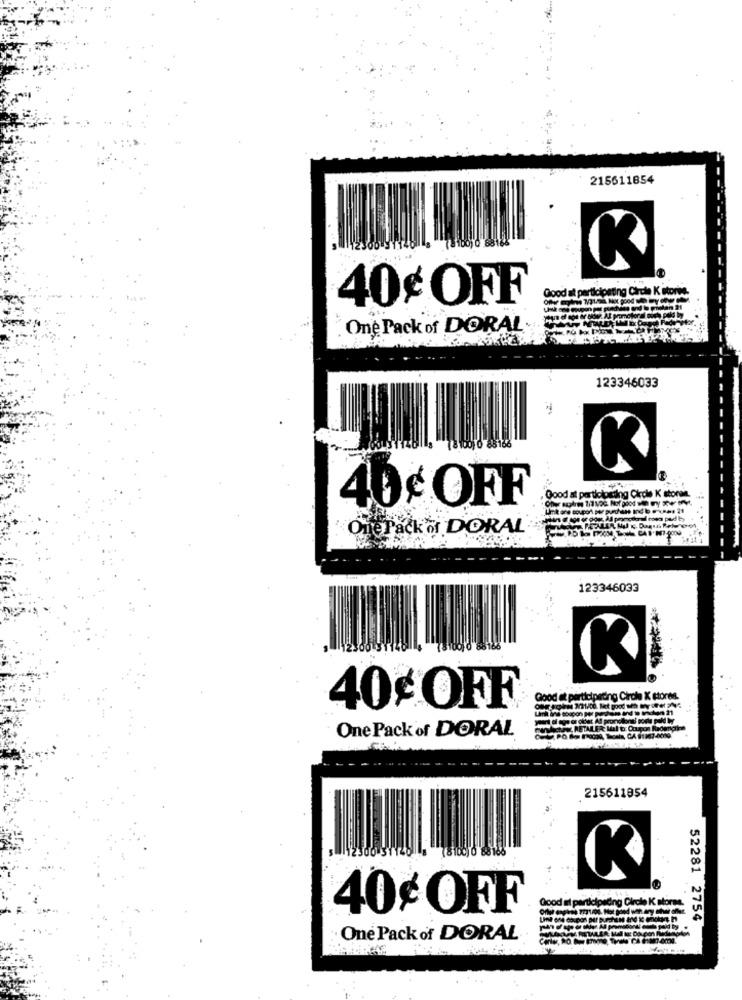
215611854
K
Good at participating Circle K stories
40¢ OFF
One Pack of DORAL
123346033
8 8100) 0 85166
K
Good at participating Circle K storae.
40¢ OFF
One Pack o DORAL
123346033
K
40¢ OFF
Good at participating Circle K stores.
One Pack of DORAL
RETALER
, CA 11147-4099
215611854
Good at participating Circle K stores.
40¢ OFF
52281 2754
One Pack of DORAL